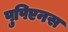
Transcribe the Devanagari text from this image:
पुपिएनस